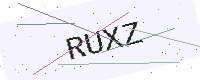
Text: RUXZ